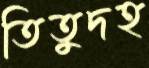
তিতুদহ